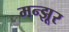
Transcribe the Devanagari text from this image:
मन्झूर